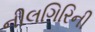
નીલગિરિની